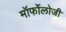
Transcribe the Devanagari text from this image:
मॉर्फोलोजी